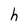
Character: h